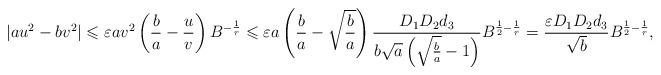
LaTeX: \begin{align*}|au^2-bv^2|\leqslant \varepsilon av^2\left(\frac{b}{a}-\frac{u}{v}\right) B^{-\frac{1}{r}}\leqslant \varepsilon a\left(\frac{b}{a}-\sqrt{\frac{b}{a}}\right)\frac{D_1D_2d_3}{b\sqrt{a}\left(\sqrt{\frac{b}{a}}-1\right)}B^{\frac{1}{2}-\frac{1}{r}}=\frac{\varepsilon D_1D_2d_3}{\sqrt{b}}B^{\frac{1}{2}-\frac{1}{r}},\end{align*}